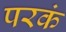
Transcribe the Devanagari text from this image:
परकं